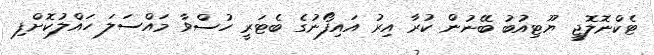
ޓެކްނޮލޮޖީ ޔޫޓިއުބު ބޭނުން ކުރާ އިރު އައިފޯނުގެ ބެޓަރީ ހުސްވާ މައްސަލަ ހައްލުކޮށްފި